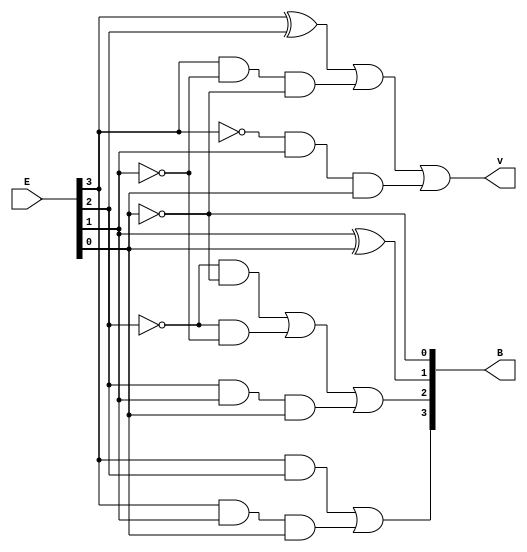
module Lab2_converter_4bit_gatelevel(input [3:0] E, output [3:0] B, output v);
    wire w1, w2, w3, w4, w5, w6, w7, n0, n1, n2, n3;

    not     N0(n0, E[0]);
    not     N1(n1, E[1]);
    not     N2(n2, E[2]);
    not     N3(n3, E[3]);

    // B3
    and     G1(w1, E[3], E[2]);
    and     G2(w2, E[3], E[1], E[0]);
    or      G3(B[3], w1, w2);

    // B2
    and     G4(w3, n2, n0);
    and     G5(w4, n2, n1);
    and     Gx(wx, E[2], E[1], E[0]);
    or      G6(B[2], w3, w4, wx);

    // B1
    xor     G7(B[1], E[1], E[0]);

    // B0
    not     G9(B[0], E[0]);

    // v
    xor     G10(w5, E[3], E[2]);
    and     G11(w6, E[3], n1, n0);
    and     G12(w7, n3, E[1], E[0]);
    or      G13(v, w5, w6, w7);
endmodule